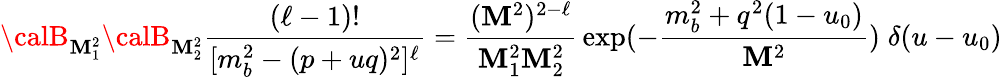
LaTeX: {\calB}_{\mathbf{M}_{1}^{2}}{\calB}_{\mathbf{M}_{2}^{2}}{\frac{{(\ell-1)!}}{{[m_{b}^{2}-(p+uq)^{2}]^{\ell}}}}={\frac{{(\mathbf{M}^{2})^{2-\ell}}}{{\mathbf{M}_{1}^{2}\mathbf{M}_{2}^{2}}}}\exp(-{\frac{{m_{b}^{2}+q^{2}(1-u_{0})}}{{\mathbf{M}^{2}}}})\; \delta(u-u_{0})